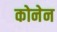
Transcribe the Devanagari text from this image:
कोनेन